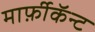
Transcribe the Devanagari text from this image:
मार्फ़ीकॅन्ट